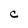
Character: C